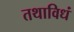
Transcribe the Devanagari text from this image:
तथाविधं